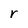
Character: r